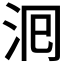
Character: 𭰁